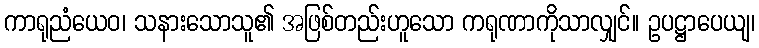
ကာရုညံယေဝ၊ သနားသောသူ၏ အဖြစ်တည်းဟူသော ကရုဏာကိုသာလျှင်။ ဥပဋ္ဌာပေယျ၊